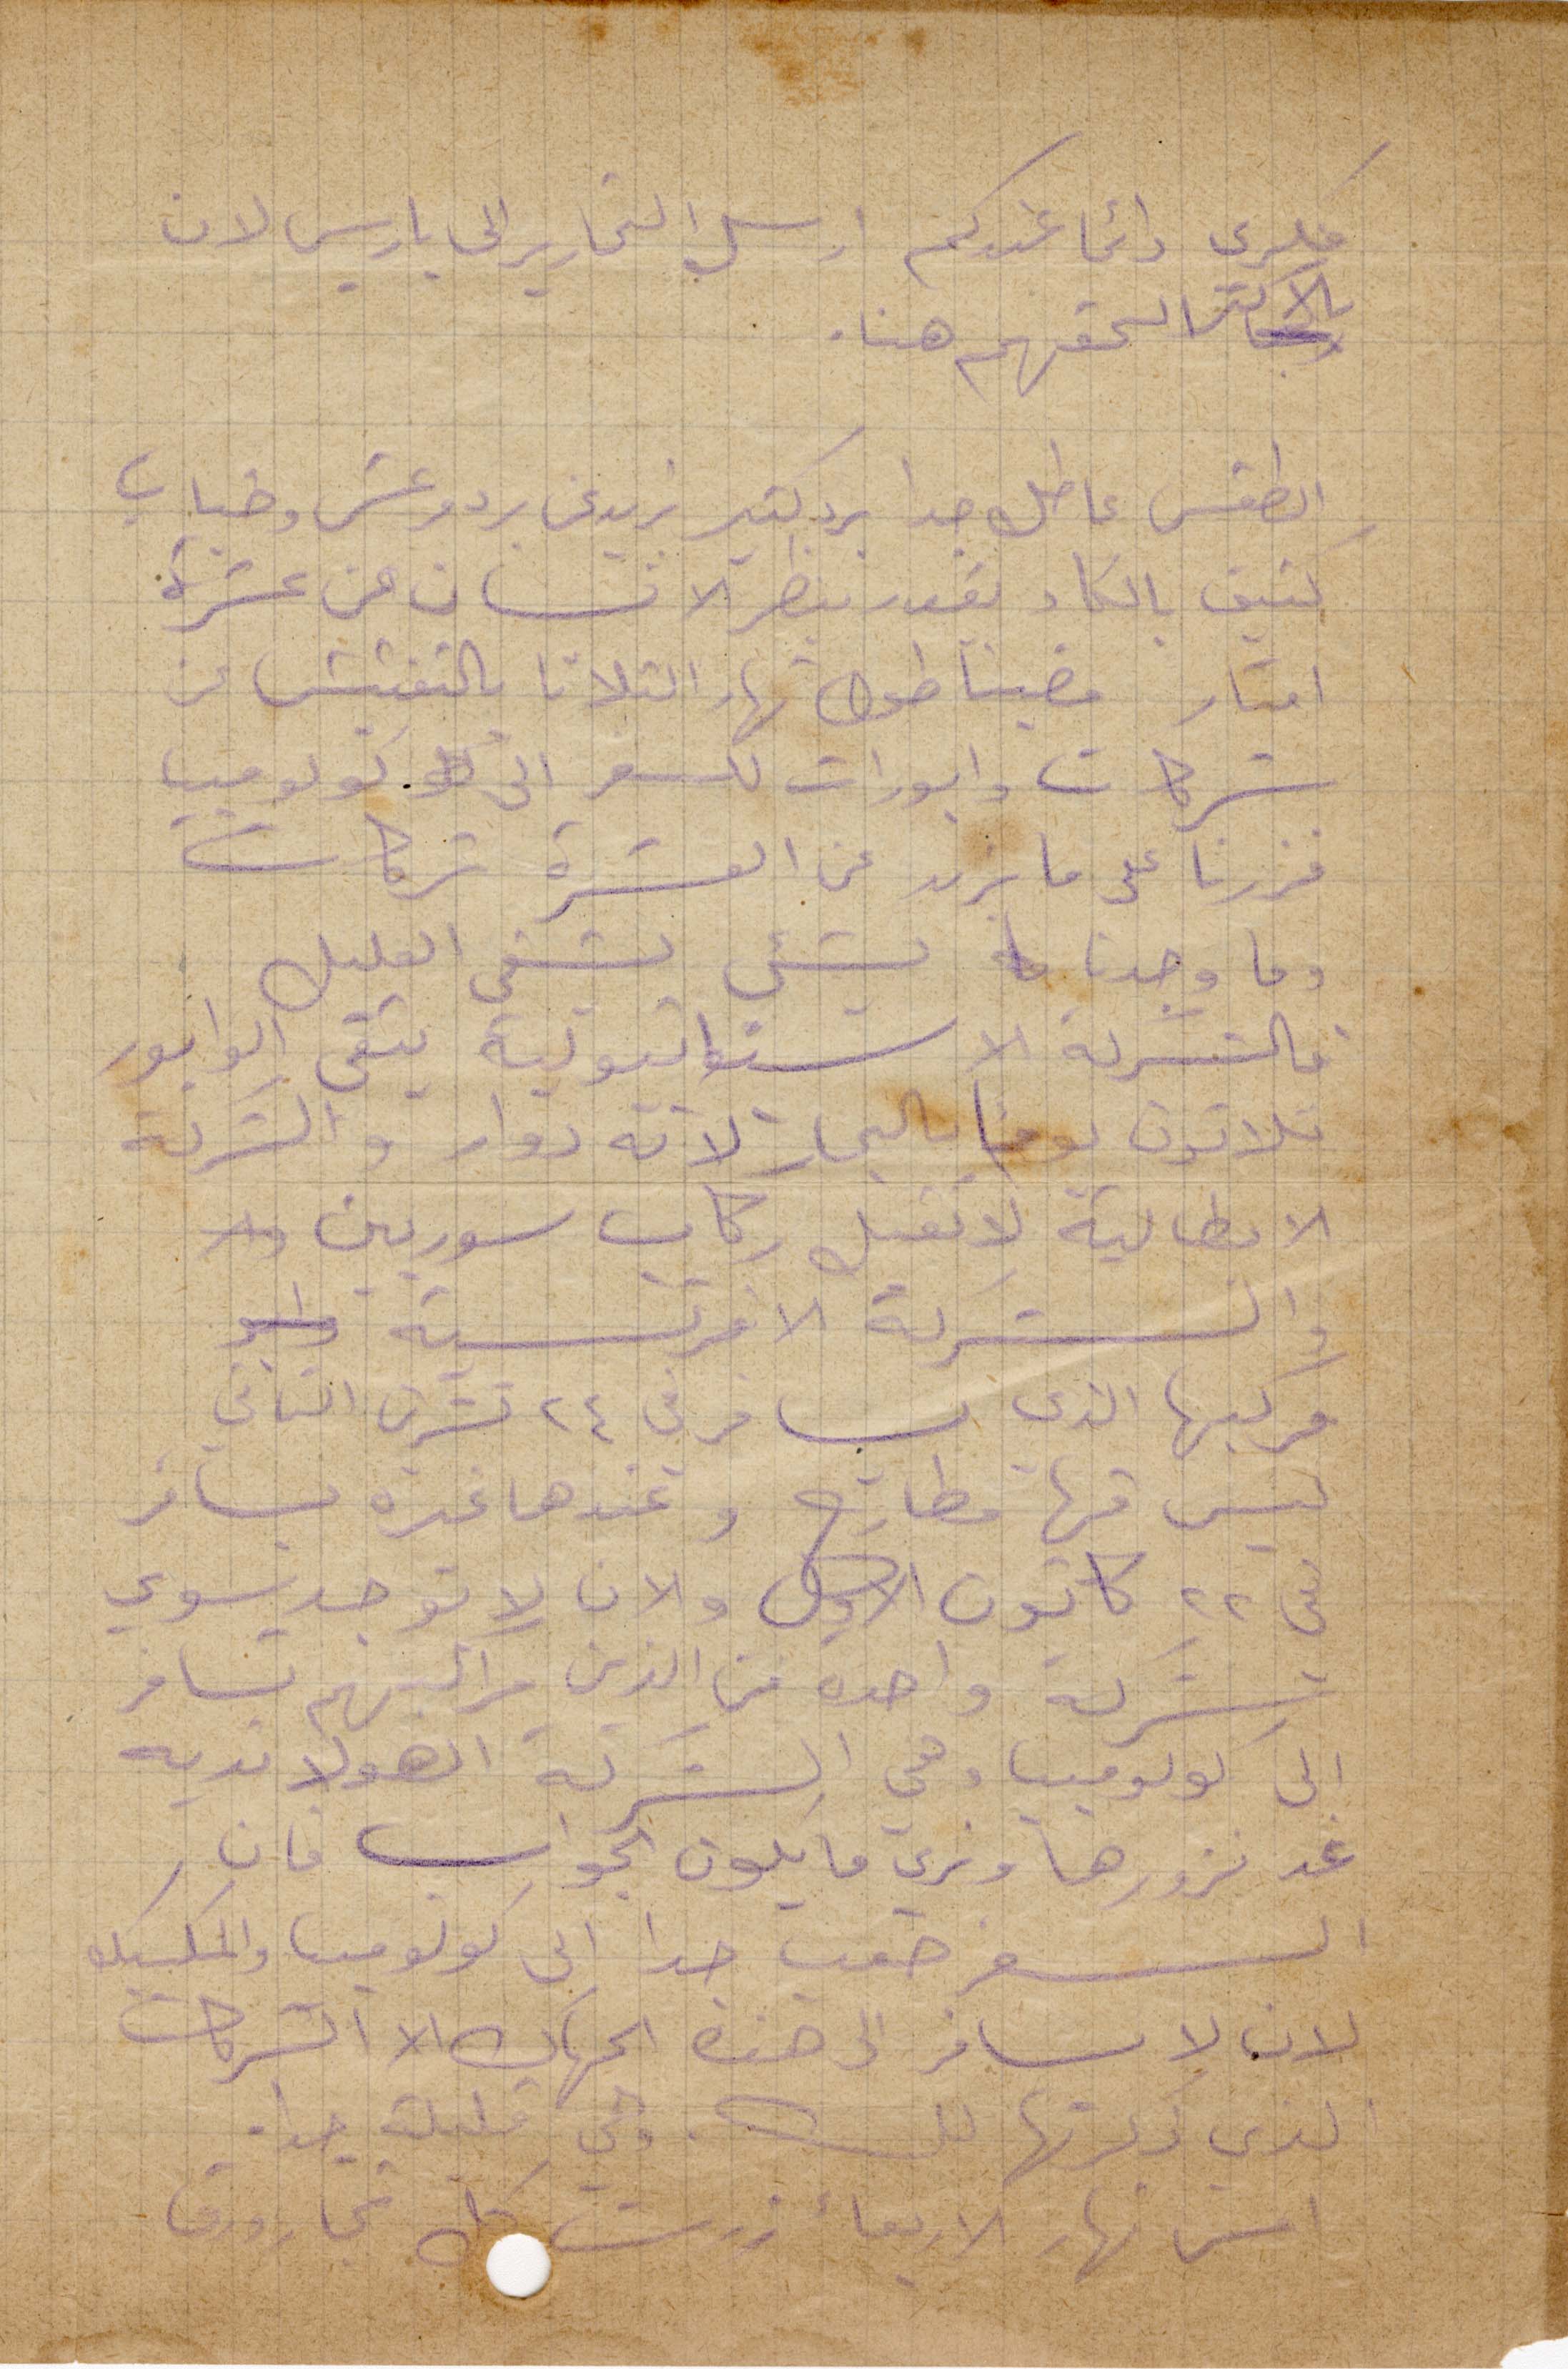
فكري دائمًا عندكم ارسل التحارير الى باريس لان
بالاكتر الحفهم هنا
الطقس عاطل جدًا برد كتير تزيد عن برد وعشر وضباب
بتفيق بالكاد بتقدر تنظر الانسان عن عشرة
امتار مضينا طول نهار الثلاثا بالتفتيش عن
شركات وابورات للسفر الى كولومبيا
فزرنا على ما يزيد عن العشرة شركات
وما وجدنا الشيء الشفي الغليل
والشركة الاستوائية بتقبى الوابور
تلاتين يومًا بالبحار لانه دوار والشركة
الإيطالية لا تقبل ركاب سوريين
والشركة الافرنسية
مركبها الذي يسافر في ٢٤ تشرين الثاني
ليس فيها مطارح وعندها غيره يسافر
في ٢٢ كانون الأول والان لا يوجد سوى
شركة واحدة من الذين مراكبهم تسافر
الى كولومبيا وهي الشركة الهولاندية
غد نزورها ونرى ما يكون الجواب فان
السفر صعب جدًا الى كولومبيا والمكسيك
لان لا يسافر الى هذه الجهات الا الشركات
الذي ذكرتها لك، وهي قليلة جدًا
امس نهار الأربعاء زرت كل تجار ورق